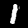
Label: 1